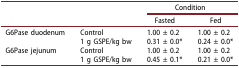
<table><thead><tr><td><b> </b></td><td><b> </b></td><td colspan="2"><b>Condition</b></td></tr><tr><td><b> </b></td><td><b> </b></td><td><b>Fasted</b></td><td><b>Fed</b></td></tr></thead><tbody><tr><td rowspan="2">G6Pase duodenum</td><td>Control</td><td>1.00 ± 0.2</td><td>1.00 ± 0.2</td></tr><tr><td>1 g GSPE/kg bw</td><td>0.31 ± 0.0*</td><td>0.24 ± 0.0*</td></tr><tr><td rowspan="2">G6Pase jejunum</td><td>Control</td><td>1.00 ± 0.2</td><td>1.00 ± 0.2</td></tr><tr><td>1 g GSPE/kg bw</td><td>0.45 ± 0.1*</td><td>0.21 ± 0.0*</td></tr></tbody></table>